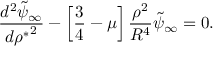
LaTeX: { \frac { d ^ { 2 } \tilde { \psi } _ { \infty } } { d { \rho ^ { * } } ^ { 2 } } } - \left[ { \frac { 3 } { 4 } } - \mu \right] { \frac { \rho ^ { 2 } } { R ^ { 4 } } } \tilde { \psi } _ { \infty } = 0 .